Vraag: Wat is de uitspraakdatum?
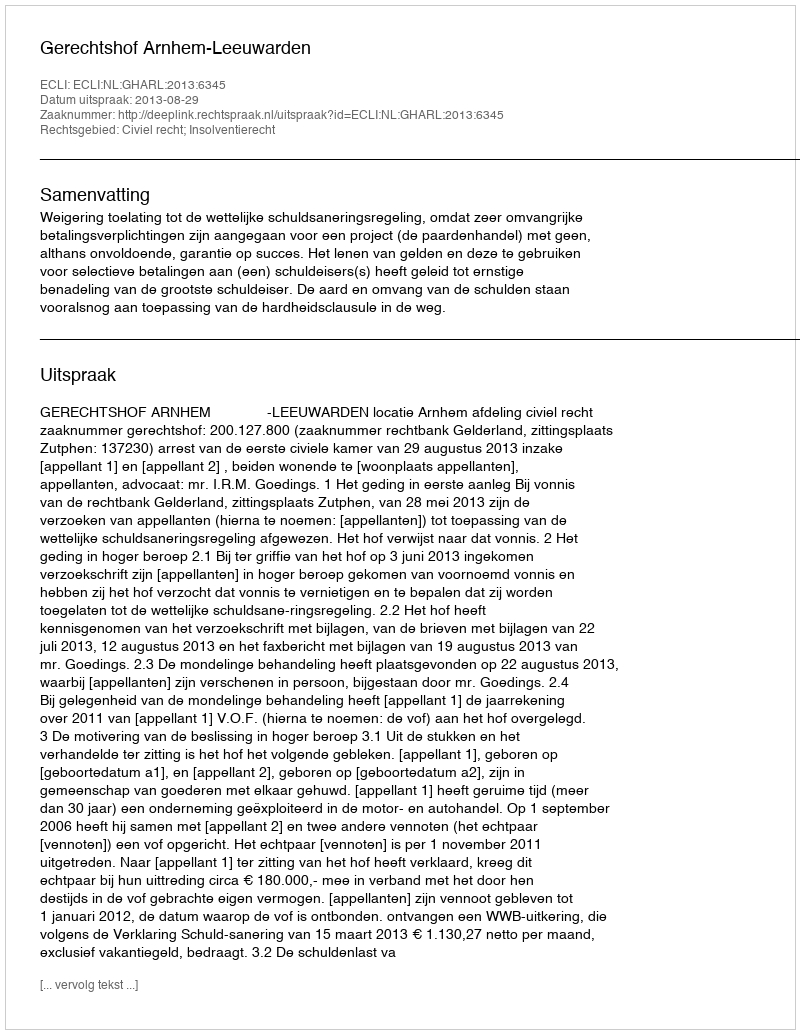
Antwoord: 2013-08-29